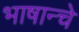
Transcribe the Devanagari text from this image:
भाषान्चे